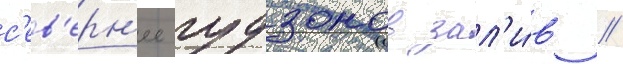
с'ев'ерн'ее гудзонов зал'и́в //